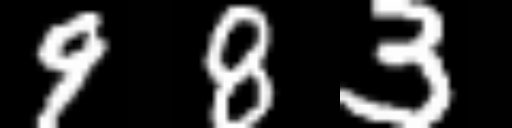
Text: 983